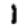
Digit: 1